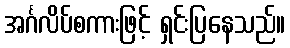
အင်္ဂလိပ်စကားဖြင့် ရှင်းပြနေသည်။